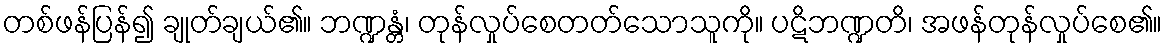
တစ်ဖန်ပြန်၍ ချုတ်ချယ်၏။ ဘဏ္ဍန္တံ၊ တုန်လှုပ်စေတတ်သောသူကို။ ပဋိဘဏ္ဍတိ၊ အဖန်တုန်လှုပ်စေ၏။